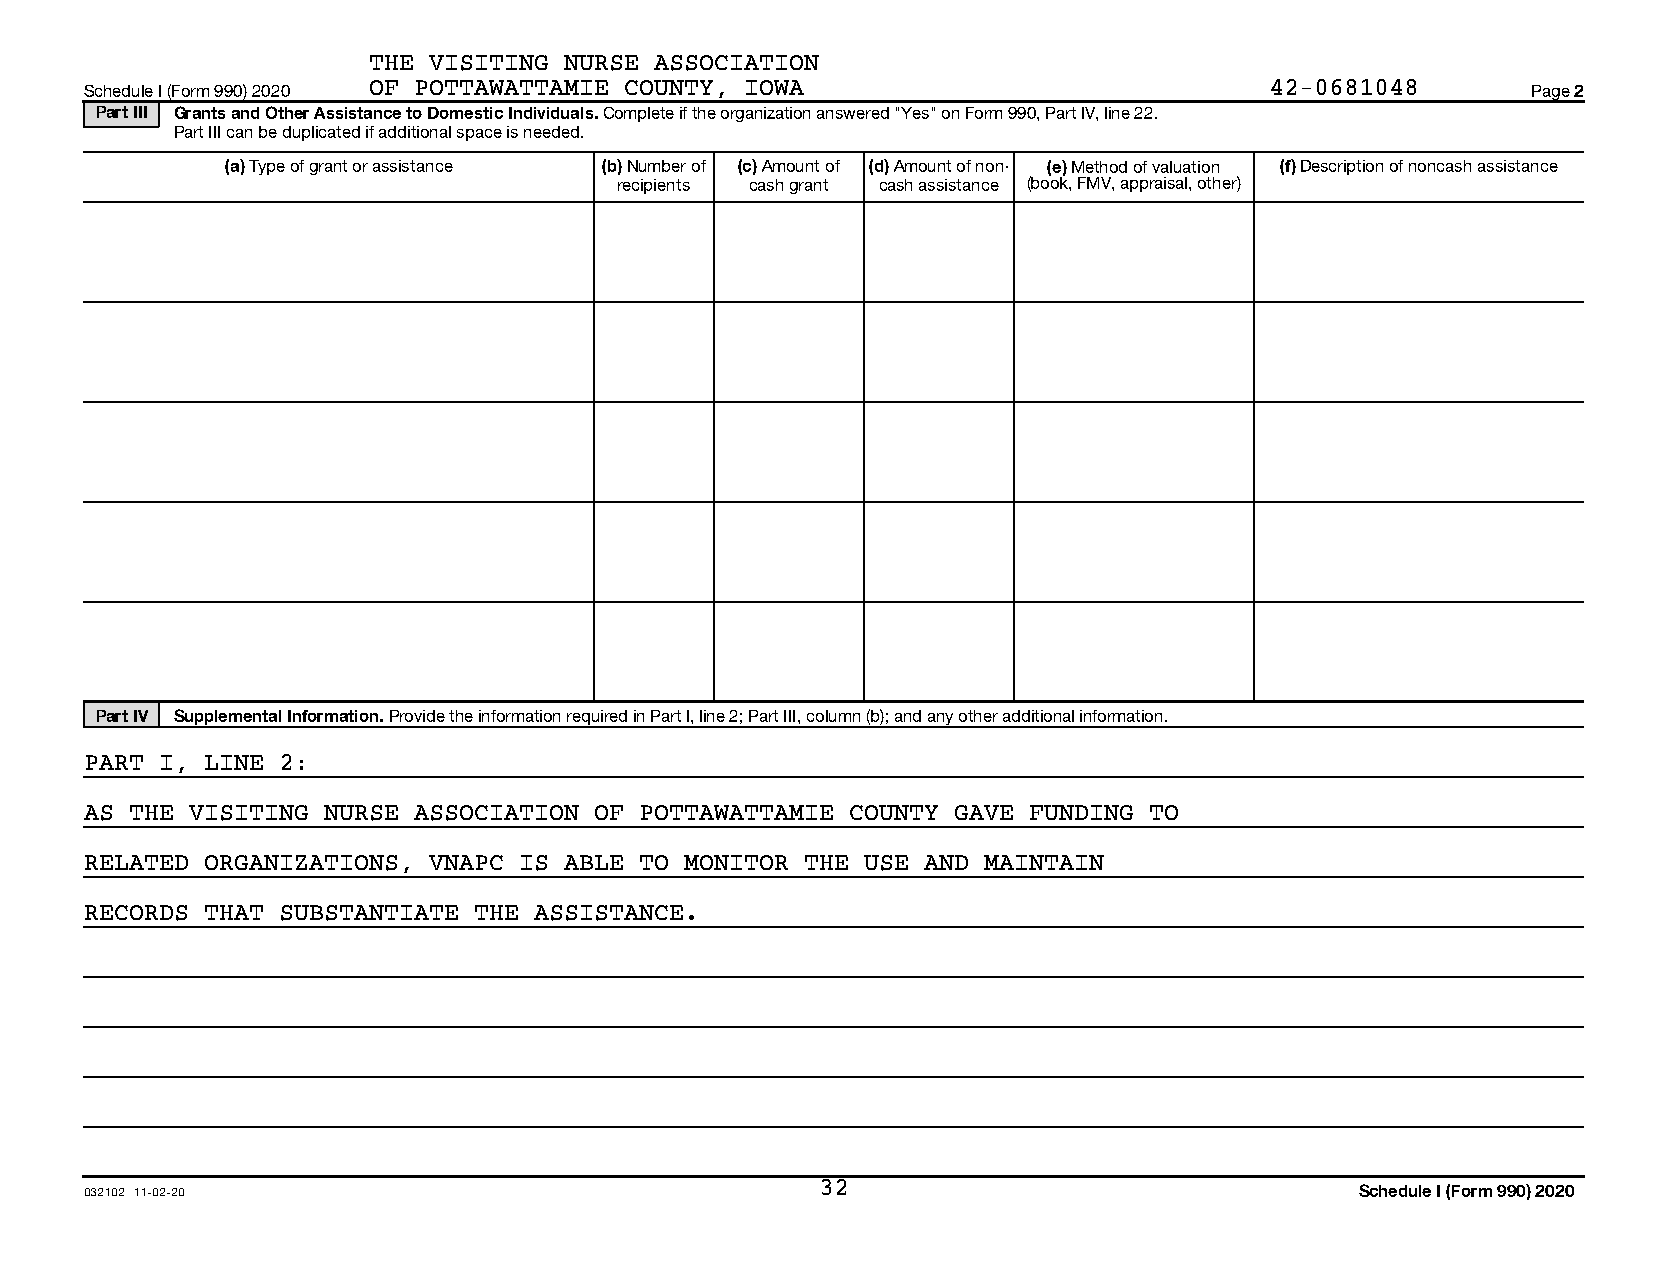
THE VISITING NURSE ASSOCIATION
 Schedule I (Form 990) 2020 OF POTTAWATTAMIE COUNTY, IOWA                      42-0681048       Page 2
 Part III Grants and Other Assistance to Domestic Individuals. Complete if the organization answered "Yes" on Form 990, Part IV, line 22.
 Part III can be duplicated if additional space is needed.
 (a) Type of grant or assistance (b) Number of (c) Amount of (d) Amount of non- (e) Method of valuation (f) Description of noncash assistance
 recipients cash grant cash assistance (book, FMV, appraisal, other)
 Part IV Supplemental Information. Provide the information required in Part I, line 2; Part III, column (b); and any other additional information.
 PART I, LINE 2:
 AS THE VISITING NURSE ASSOCIATION OF POTTAWATTAMIE COUNTY GAVE FUNDING TO
 RELATED ORGANIZATIONS, VNAPC IS ABLE TO MONITOR THE USE AND MAINTAIN
 RECORDS THAT SUBSTANTIATE THE ASSISTANCE.
 032102 11-02-20                                 32                                  Schedule I (Form 990) 2020